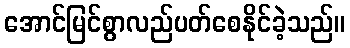
အောင်မြင်စွာလည်ပတ်စေနိုင်ခဲ့သည်။